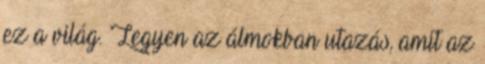
ez a világ. Legyen az álmokban utazás, amit az